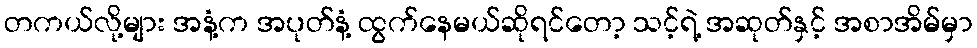
တကယ်လို့များ အနံ့က အပုတ်နံ့ ထွက်နေမယ်ဆိုရင်တော့ သင့်ရဲ့ အဆုတ်နှင့် အစာအိမ်မှာ